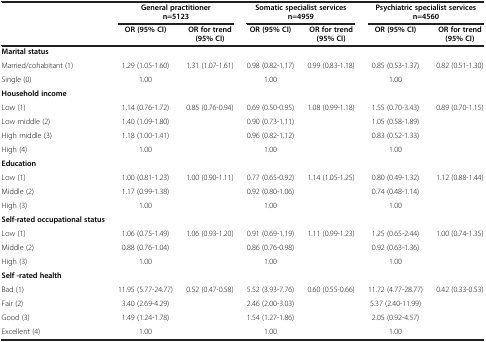
<table><thead><tr><td><b> </b></td><td colspan="2"><b>General practitioner n=5123</b></td><td colspan="2"><b>Somatic specialist services n=4959</b></td><td colspan="2"><b>Psychiatric specialist services n=4560</b></td></tr><tr><td><b> </b></td><td><b>OR (95% CI)</b></td><td><b>OR for trend (95% CI)</b></td><td><b>OR (95% CI)</b></td><td><b>OR for trend (95% CI)</b></td><td><b>OR (95% CI)</b></td><td><b>OR for trend (95% CI)</b></td></tr></thead><tbody><tr><td><b>Marital status</b></td><td> </td><td> </td><td> </td><td> </td><td> </td><td> </td></tr><tr><td>Married/cohabitant (1)</td><td>1.29 (1.05-1.60)</td><td>1.31 (1.07-1.61)</td><td>0.98 (0.82-1.17)</td><td>0.99 (0.83-1.18)</td><td>0.85 (0.53-1.37)</td><td>0.82 (0.51-1.30)</td></tr><tr><td>Single (0)</td><td>1.00</td><td> </td><td>1.00</td><td> </td><td>1.00</td><td> </td></tr><tr><td><b>Household income</b></td><td> </td><td> </td><td> </td><td> </td><td> </td><td> </td></tr><tr><td>Low (1)</td><td>1.14 (0.76-1.72)</td><td>0.85 (0.76-0.94)</td><td>0.69 (0.50-0.95)</td><td>1.08 (0.99-1.18)</td><td>1.55 (0.70-3.43)</td><td>0.89 (0.70-1.15)</td></tr><tr><td>Low middle (2)</td><td>1.40 (1.09-1.80)</td><td> </td><td>0.90 (0.73-1.11)</td><td> </td><td>1.05 (0.58-1.89)</td><td> </td></tr><tr><td>High middle (3)</td><td>1.18 (1.00-1.41)</td><td> </td><td>0.96 (0.82-1.12)</td><td> </td><td>0.83 (0.52-1.33)</td><td> </td></tr><tr><td>High (4)</td><td>1.00</td><td> </td><td>1.00</td><td> </td><td>1.00</td><td> </td></tr><tr><td><b>Education</b></td><td> </td><td> </td><td> </td><td> </td><td> </td><td> </td></tr><tr><td>Low (1)</td><td>1.00 (0.81-1.23)</td><td>1.00 (0.90-1.11)</td><td>0.77 (0.65-0.92)</td><td>1.14 (1.05-1.25)</td><td>0.80 (0.49-1.32)</td><td>1.12 (0.88-1.44)</td></tr><tr><td>Middle (2)</td><td>1.17 (0.99-1.38)</td><td> </td><td>0.92 (0.80-1.06)</td><td> </td><td>0.74 (0.48-1.14)</td><td> </td></tr><tr><td>High (3)</td><td>1.00</td><td> </td><td>1.00</td><td> </td><td>1.00</td><td> </td></tr><tr><td><b>Self-rated occupational status</b></td><td> </td><td> </td><td> </td><td> </td><td> </td><td> </td></tr><tr><td>Low (1)</td><td>1.06 (0.75-1.49)</td><td>1.06 (0.93-1.20)</td><td>0.91 (0.69-1.19)</td><td>1.11 (0.99-1.23)</td><td>1.25 (0.65-2.44)</td><td>1.00 (0.74-1.35)</td></tr><tr><td>Middle (2)</td><td>0.88 (0.76-1.04)</td><td> </td><td>0.86 (0.76-0.98)</td><td> </td><td>0.92 (0.63-1.36)</td><td> </td></tr><tr><td>High (3)</td><td>1.00</td><td> </td><td>1.00</td><td> </td><td>1.00</td><td> </td></tr><tr><td><b>Self -rated health</b></td><td> </td><td> </td><td> </td><td> </td><td> </td><td> </td></tr><tr><td>Bad (1)</td><td>11.95 (5.77-24.77)</td><td>0.52 (0.47-0.58)</td><td>5.52 (3.93-7.76)</td><td>0.60 (0.55-0.66)</td><td>11.72 (4.77-28.77)</td><td>0.42 (0.33-0.53)</td></tr><tr><td>Fair (2)</td><td>3.40 (2.69-4.29)</td><td> </td><td>2.46 (2.00-3.03)</td><td> </td><td>5.37 (2.40-11.99)</td><td> </td></tr><tr><td>Good (3)</td><td>1.49 (1.24-1.78)</td><td> </td><td>1.54 (1.27-1.86)</td><td> </td><td>2.05 (0.92-4.57)</td><td> </td></tr><tr><td>Excellent (4)</td><td>1.00</td><td> </td><td>1.00</td><td> </td><td>1.00</td><td> </td></tr></tbody></table>